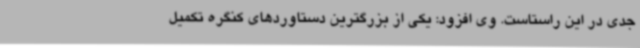
جدی در این راستاست. وی افزود: یکی از بزرگترین دستاوردهای کنگره تکمیل